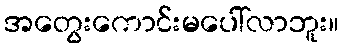
အတွေးကောင်းမပေါ်လာဘူး။